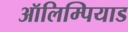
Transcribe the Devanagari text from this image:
ऑलिम्पियाड